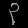
Digit: ၃